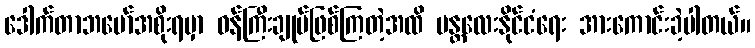
ဒေါက်တာဘမော်အစိုးရမှာ ဝန်ကြီးချုပ်ဖြစ်ကြတဲ့အထိ မန္တလေးနိုင်ငံရေး အားကောင်းခဲ့ပါတယ်။